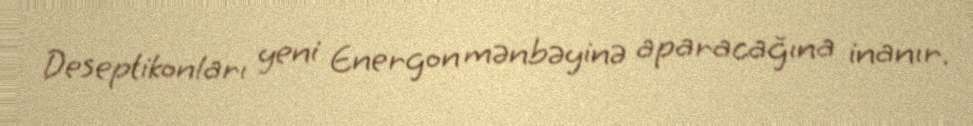
Deseptikonları yeni Energon mənbəyinə aparacağına inanır.